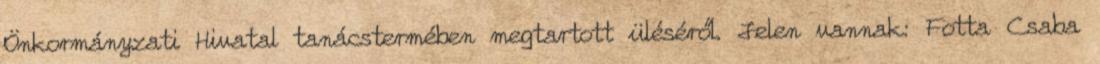
Önkormányzati Hivatal tanácstermében megtartott üléséről. Jelen vannak: Fotta Csaba